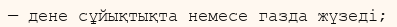
— дене сұйықтықта немесе газда жүзеді;